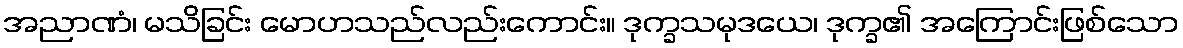
အညာဏံ၊ မသိခြင်း မောဟသည်လည်းကောင်း။ ဒုက္ခသမုဒယေ၊ ဒုက္ခ၏ အကြောင်းဖြစ်သော